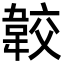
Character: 𩎦